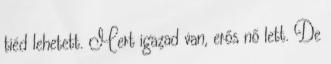
tiéd lehetett. Mert igazad van, erős nő lett. De